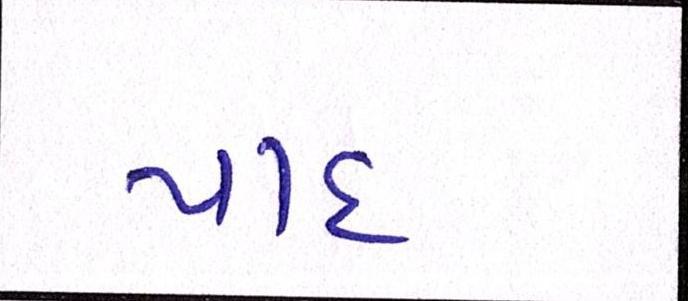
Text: યાદ